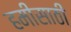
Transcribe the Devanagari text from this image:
हमीसाठी